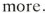
more.